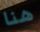
هنا